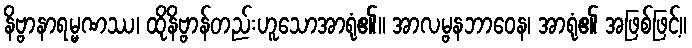
နိဗ္ဗာနာရမ္မဏဿ၊ ထိုနိဗ္ဗာန်တည်းဟူသောအာရုံ၏။ အာလမ္ဗနဘာဝေန၊ အာရုံ၏ အဖြစ်ဖြင့်။